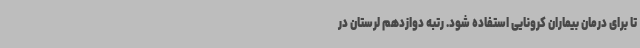
تا برای درمان بیماران کرونایی استفاده شود. رتبه دوازدهم لرستان در